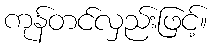
ကုန်တင်လှည်းဖြင့်။